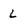
Character: l